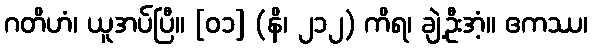
ဂတိဟံ၊ ယူအပ်ပြီ။ [၀၁] (နိ၊ ၂၁၂) ကိရ၊ ချဲ့ဦးအံ့။ ဧကဿ၊